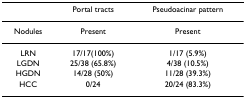
|  | Portal tracts | Pseudoacinar pattern |
 | --- | --- | --- |
 | Nodules | Present | Present |
 | LRN | 17/17(100%) | 1/17 (5.9%) |
 | LGDN | 25/38 (65.8%) | 4/38 (10.5%) |
 | HGDN | 14/28 (50%) | 11/28 (39.3%) |
 | HCC | 0/24 | 20/24 (83.3%) |